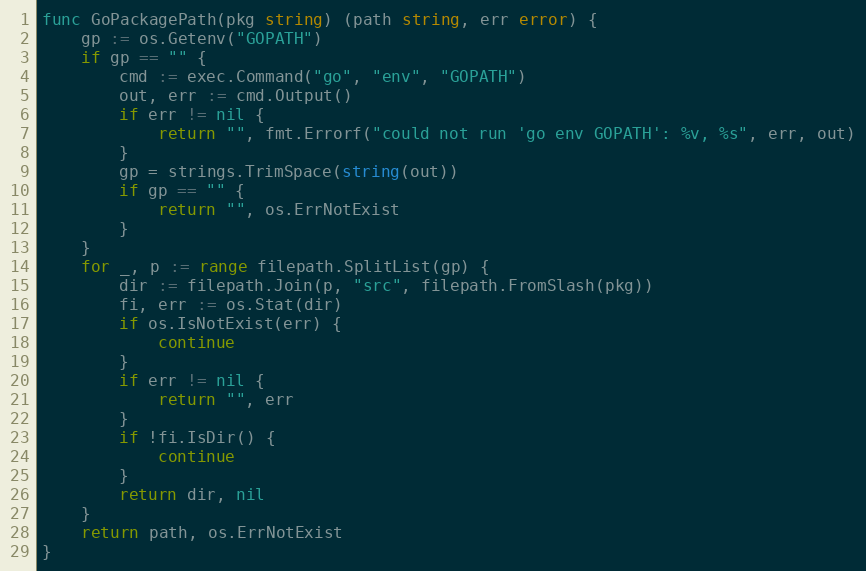
Language: Go
func GoPackagePath(pkg string) (path string, err error) {
	gp := os.Getenv("GOPATH")
	if gp == "" {
		cmd := exec.Command("go", "env", "GOPATH")
		out, err := cmd.Output()
		if err != nil {
			return "", fmt.Errorf("could not run 'go env GOPATH': %v, %s", err, out)
		}
		gp = strings.TrimSpace(string(out))
		if gp == "" {
			return "", os.ErrNotExist
		}
	}
	for _, p := range filepath.SplitList(gp) {
		dir := filepath.Join(p, "src", filepath.FromSlash(pkg))
		fi, err := os.Stat(dir)
		if os.IsNotExist(err) {
			continue
		}
		if err != nil {
			return "", err
		}
		if !fi.IsDir() {
			continue
		}
		return dir, nil
	}
	return path, os.ErrNotExist
}